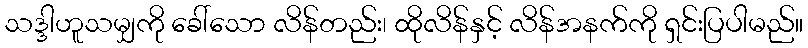
သဒ္ဒါဟူသမျှကို ခေါ်သော လိန်တည်း၊ ထိုလိန်နှင့် လိန်အနက်ကို ရှင်းပြပါမည်။